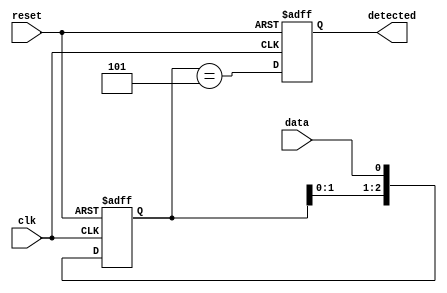
module pattern_detector (
    input wire clk,          // Clock signal
    input wire reset,        // Reset signal
    input wire data,         // Input signal to monitor
    output reg detected      // Output signal indicating pattern detection
);

    // Parameters for the pattern to detect
    localparam PATTERN_LENGTH = 3;  // Length of the pattern
    localparam [PATTERN_LENGTH-1:0] PATTERN = 3'b101;  // Pattern to detect

    // Flip-flops to hold previous states of the input signal
    reg [PATTERN_LENGTH-1:0] shift_reg;  // Shift register to hold bits

    // Sequential logic for the flip-flops
    always @(posedge clk or posedge reset) begin
        if (reset) begin
            shift_reg <= 0;       // Clear the shift register on reset
            detected <= 0;        // Clear the detected signal
        end else begin
            shift_reg <= {shift_reg[PATTERN_LENGTH-2:0], data}; // Shift in the new data bit

            // Compare the stored bits with the predefined pattern
            detected <= (shift_reg == PATTERN);
        end
    end

endmodule